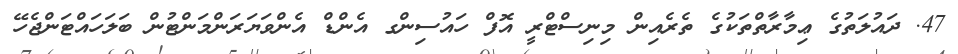
47. ދައުލަތުގެ ޢިމާރާތްތަކުގެ ތެރެއިން މިނިސްޓްރީ އޮފް ހައުސިންގ އެންޑް އެންވަޔަރަންމަންޓުން ބަލަހައްޓަންޖެހޭ